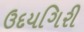
ઉદયગિરી